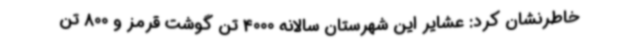
خاطرنشان کرد: عشایر این شهرستان سالانه 4000 تن گوشت قرمز و 800 تن